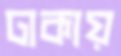
ঢাকায়